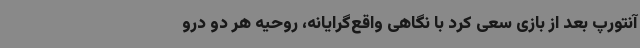
آنتورپ بعد از بازی سعی کرد با نگاهی واقع‌گرایانه، روحیه هر دو درو